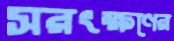
সরংক্ষণের